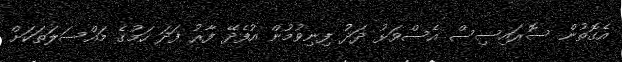
އެގޮތުން ސޮރައިސިސް އެސްވަޅު ދަދު ފިނިވުމުން އުފެދޭ ފާރު ފަދަ ހަމުގެ މައްސަލަތަކަށް